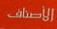
الأصناف